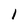
Character: 1